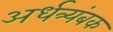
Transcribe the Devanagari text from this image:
अर्धत्र्यंबक